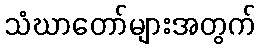
သံဃာတော်များအတွက်